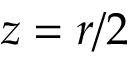
z = r / 2